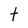
Character: t